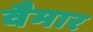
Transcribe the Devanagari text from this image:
वैमार